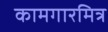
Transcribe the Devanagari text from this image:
कामगारमित्र